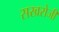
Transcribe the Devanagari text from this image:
सखरोजी